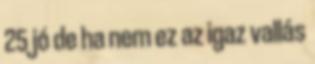
25 jó de ha nem ez az igaz vallás